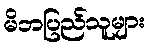
မိဘပြည်သူများ